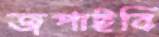
জপাইবি